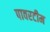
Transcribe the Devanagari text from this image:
पावरटीम